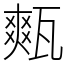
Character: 㼽